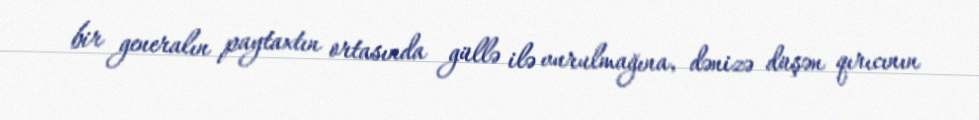
bir generalın paytaxtın ortasında güllə ilə vurulmağına, dənizə düşən qırıcının